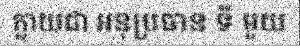
ក្លាយជា អនុប្រធាន ទី មួយ